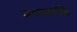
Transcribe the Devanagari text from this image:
रूपाशक्ति